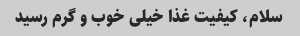
سلام، کیفیت غذا خیلی خوب و گرم رسید